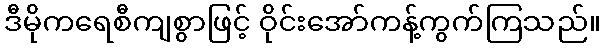
ဒီမိုကရေစီကျစွာဖြင့် ဝိုင်းအော်ကန့်ကွက်ကြသည်။